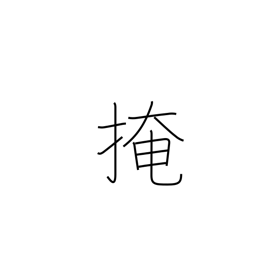
Meaning: conceal